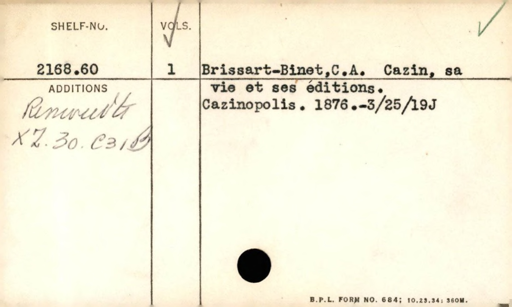
Label: content